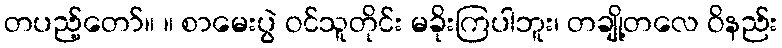
တပည့်တော်။ ။ စာမေးပွဲ ဝင်သူတိုင်း မခိုးကြပါဘူး၊ တချို့တလေ ဝိနည်း